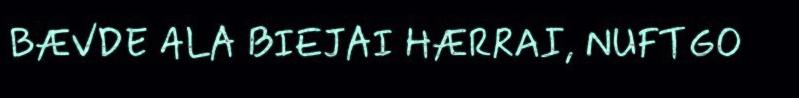
BÆVDE ALA BIEJAI HÆRRAI, NUFTGO